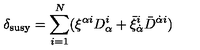
\delta _ { \mathrm { s u s y } } = \sum _ { i = 1 } ^ { N } ( \xi ^ { \alpha i } D _ { \alpha } ^ { i } + \bar { \xi } _ { \dot { \alpha } } ^ { i } \bar { D } ^ { { \dot { \alpha } } i } )